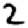
Digit: 2